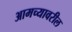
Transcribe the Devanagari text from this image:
आमच्यावरील